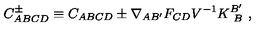
C _ { A B C D } ^ { \pm } \equiv C _ { A B C D } \pm \nabla _ { A B ^ { \prime } } F _ { C D } V ^ { - 1 } K _ { \ B } ^ { B ^ { \prime } } \ ,